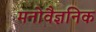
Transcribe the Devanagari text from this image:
मनोवैज्ञनिक